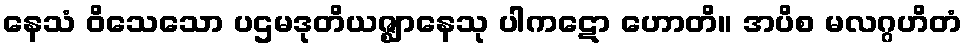
နေသံ ဝိသေသော ပဌမဒုတိယဇ္ဈာနေသု ပါကဋော ဟောတိ။ အပိစ မလဂ္ဂဟိတံ